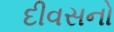
દીવસનો